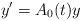
LaTeX: \begin{align*}y'=A_{0}(t)y\end{align*}